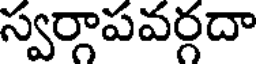
స్వర్గాపవర్గదా